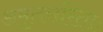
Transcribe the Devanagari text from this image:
अमृतसरिताः